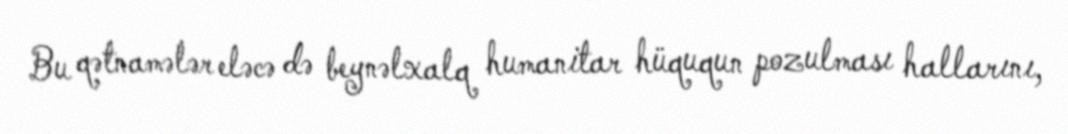
Bu qətnamələr eləcə də beynəlxalq humanitar hüququn pozulması hallarını,